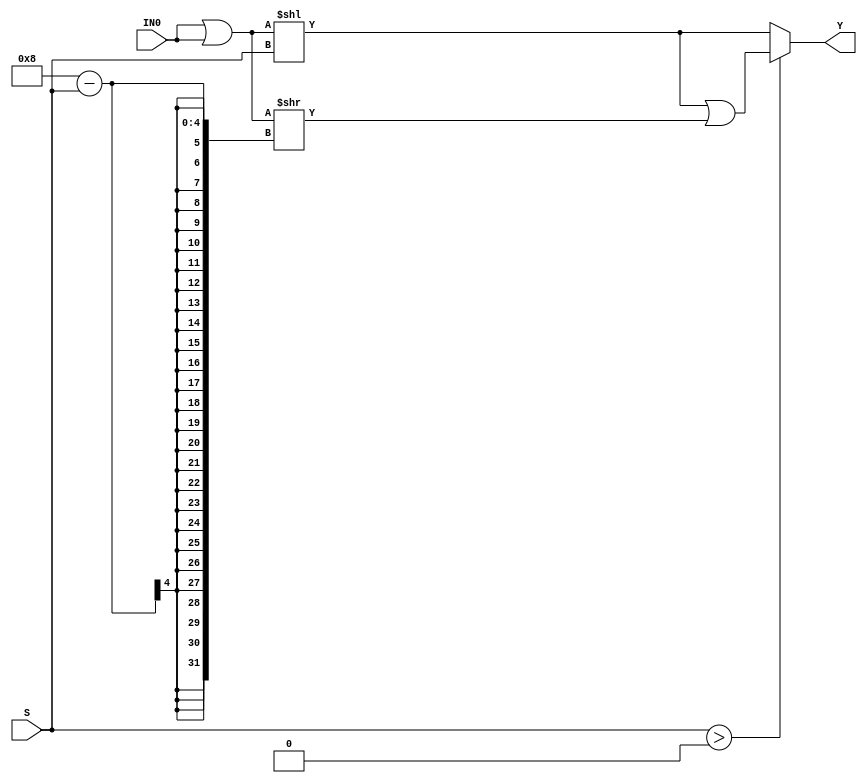
//------------------------------------------------------
// Copyright 1992, 1993 Cascade Design Automation Corporation.
//------------------------------------------------------
module barrelrot(IN0,S,Y);
  parameter N = 8;
  parameter M = 3;
  parameter DPFLAG = 1;
  parameter GROUP = "dpath1";
  parameter
        d_IN0 = 0,
        d_S = 0,
        d_Y = 1;
  input [(N - 1):0] IN0;
  input [(M - 1):0] S;
  output [(N - 1):0] Y;
  wire [(N - 1):0] IN0_temp;
  wire [(M - 1):0] S_temp;
  reg [(N - 1):0] Y_temp;
  reg [(N - 1):0] temp;
  reg [(N - 1):0] temp1;
  assign #(d_IN0) IN0_temp = IN0|IN0;
  assign #(d_S) S_temp = S;
  assign #(d_Y) Y = Y_temp;
  always
    @(IN0_temp or S_temp)
      begin
      temp = (IN0_temp << S_temp);
      temp1 = (IN0_temp >> (N - S_temp));
      if((S_temp > 0))
        Y_temp = (temp | temp1);
      else
        Y_temp = temp;
      end
endmodule